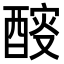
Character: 𨡻